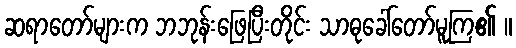
ဆရာတော်များက ဘဘုန်းဖြေပြီးတိုင်း သာဓုခေါ်တော်မူကြ၏ ။